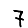
Digit: 7